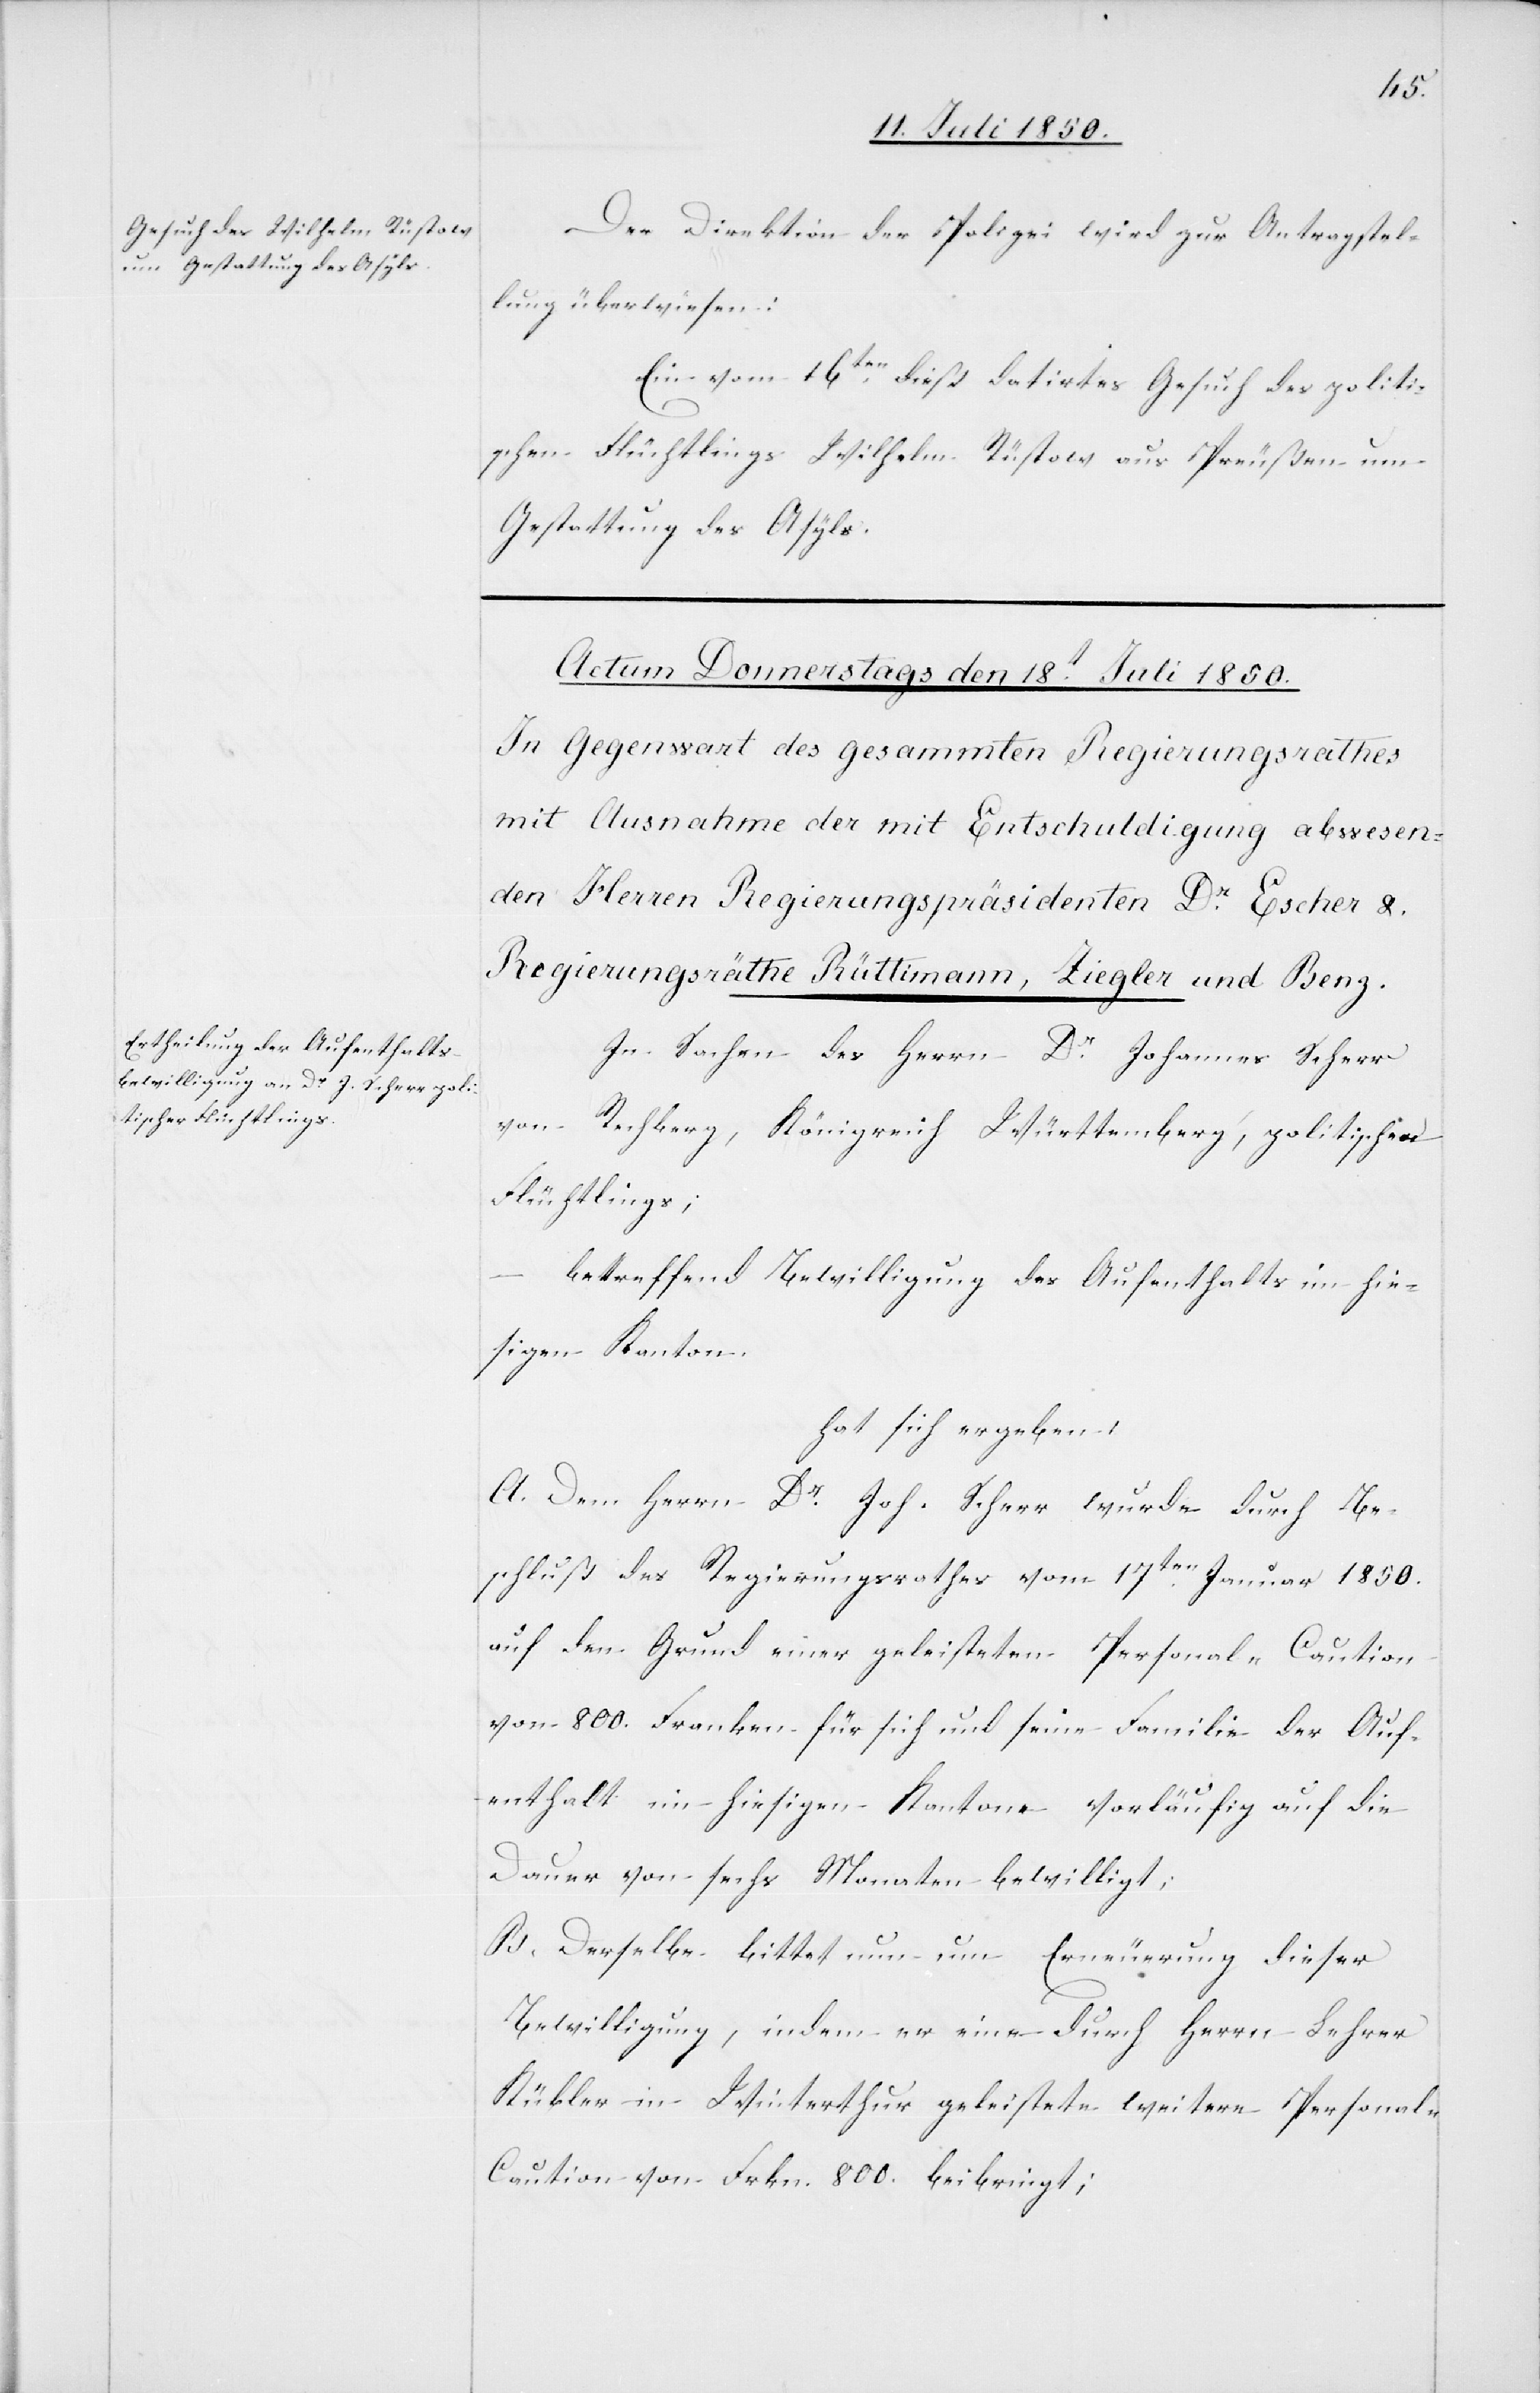
Der Direktion der Polizei wird zur Antragstel¬
lung überwiesen:
Ein vom 16ten dieß datirtes Gesuch des politi¬
schen Flüchtlings Wilhelm Rüstow aus Preußen um
Gestattung des Asyls.
In Sachen des Herrn Dr Johannes Scherr
von
Rechberg, Königreich Württemberg, politischen
Flüchtlings;
betreffend Bewilligung des Aufenthalts im hie¬
sigen Kanton
hat sich ergeben:
A. Dem Herrn Dr Joh. Scherr wurde durch Be¬
schluß des Regierungsrathes vom 17ten Januar 1850.
auf den Grund einer geleisteten Personal-Caution
von 800. Franken für sich und seine Familie der Auf¬
enthalt im hiesigen Kantone vorläufig auf die
Dauer von sechs Monaten bewilligt;
B. Derselbe bittet nun um Erneuerung dieser
Bewilligung, in dem er eine durch Herrn Lehrer
Kübler in Winterthur geleistete weitere Personal-C¬
aution von Frkn. 800. beibringt;